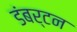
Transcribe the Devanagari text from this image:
डंबर्टन